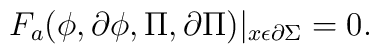
F_{a}(\phi, \partial \phi, \Pi, \partial \Pi)|_{x\epsilon \partial\Sigma}=0.